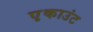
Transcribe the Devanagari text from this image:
ए़काउंट